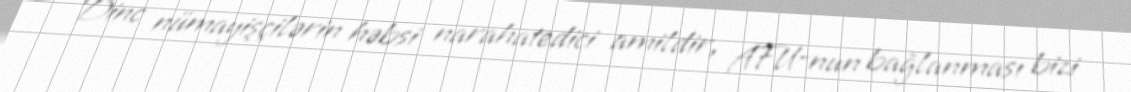
Dinc nümayişçilərin həbsi narahatedici amildir, AFU-nun bağlanması bizi